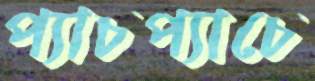
প্যাচপ্যাচে